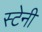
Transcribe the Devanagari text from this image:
स्टेनी